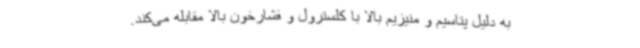
به دلیل پتاسیم و منیزیم بالا با کلسترول و فشارخون بالا مقابله می‌کند.